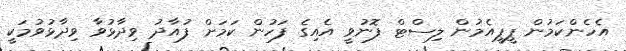
އެހެންކަމުން ޕީޕީއެމުން ލިސްޓް ފޮނުވީ އެއިގެ ފަހުން ކަމަށް ފުއާދު ވިދާޅުވާ ވިދާޅުވުމަކީ